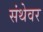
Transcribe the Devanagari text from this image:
संथेवर